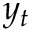
y _ { t }